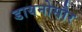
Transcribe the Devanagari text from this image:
डायनोसौर